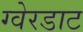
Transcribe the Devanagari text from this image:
ग्वेरडाट